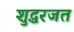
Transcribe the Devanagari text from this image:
शुद्धरजत